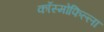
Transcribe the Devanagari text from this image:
कॉस्मोफिल्ला